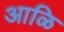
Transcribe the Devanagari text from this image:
आळि